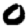
Digit: 0